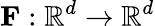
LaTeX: \mathbf F:\mathbb R^{d}\to\mathbb R^{d}